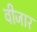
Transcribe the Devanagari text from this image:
वीजार